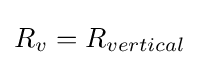
R_{v}=R_{vertical}